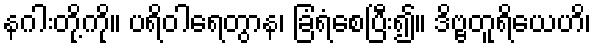
နဂါးတို့ကို။ ပရိဝါရေတွာန၊ ခြံရံစေပြီး၍။ ဒိဗ္ဗတူရိယေဟိ၊